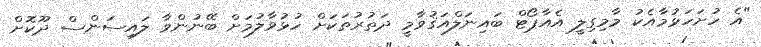
"އެ ހުށަހަޅުމާއެކު މާމިގިލީ އެއާޕޯޓް ބައިނަލްއަޤުވާމީ ދަތުރުތަކަށް ހުޅުވާލުމަށް ބޭނުންވާ ލައިސަންސް ދޫކޮށް